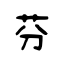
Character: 芬